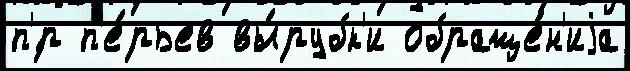
п'́р п'е́рьев вы́рубк'и обраще́н'иjа